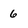
Character: 6